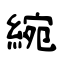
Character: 綩